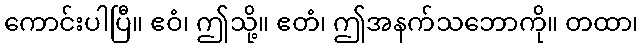
ကောင်းပါပြီ။ ဧဝံ၊ ဤသို့။ ဧတံ၊ ဤအနက်သဘောကို။ တထာ၊